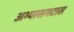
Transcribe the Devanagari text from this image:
अभ्यासगटास